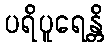
ပရိပူရေန္တိ